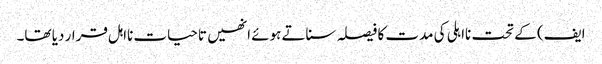
ایف) کے تحت نااہلی کی مدت کا فیصلہ سناتے ہوئے انھیں تاحیات نااہل قرار دیا تھا۔